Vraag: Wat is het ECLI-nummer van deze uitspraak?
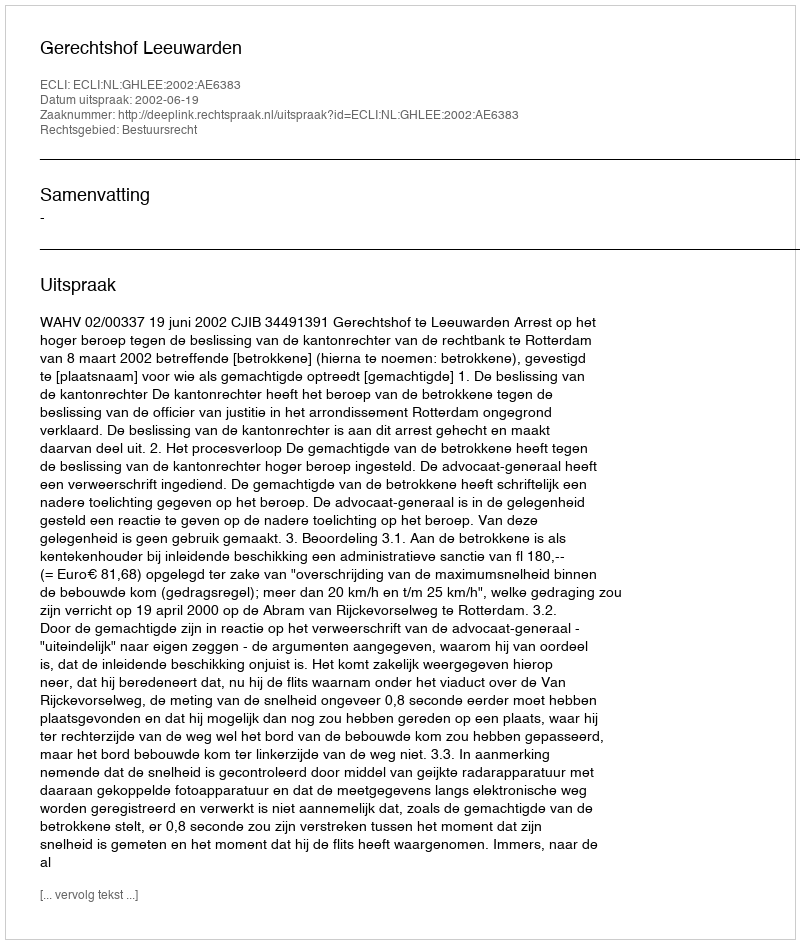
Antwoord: ECLI:NL:GHLEE:2002:AE6383